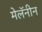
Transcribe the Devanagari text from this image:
मेलॅनीन